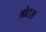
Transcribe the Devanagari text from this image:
ओटस